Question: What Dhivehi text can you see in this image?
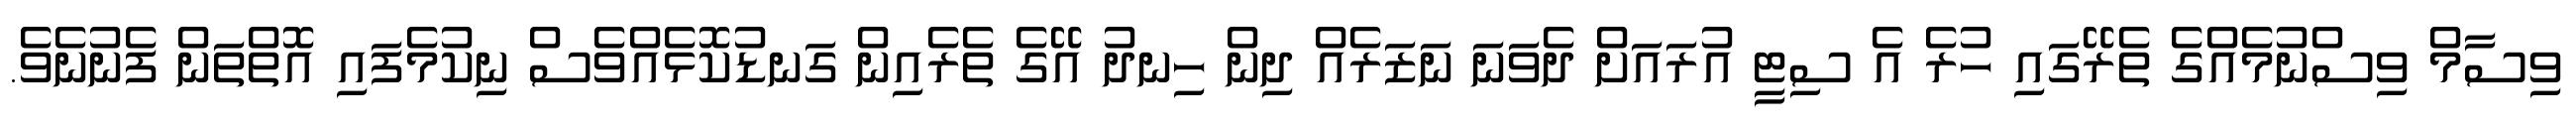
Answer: ވިސާމް ވިސްނުމެއްގެ ތެރޭގައި ހުރެ އެ ސިޓީ އުރައަށް ދެވަނަ ނަޒަރެއް ދިން ހިނދު އޭގެ ތެރެއިން ގަނޑުކޮޅެއްވެސް ނިކުމެފައި އޮތްތަން ފެނުނެވެ.